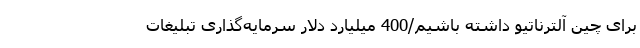
برای چین آلترناتیو داشته باشیم/400 میلیارد دلار سرمایه‌گذاری تبلیغاتْ